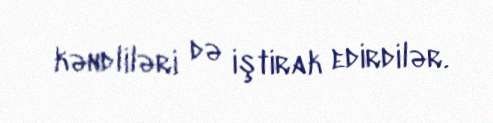
kəndliləri də iştirak edirdilər.